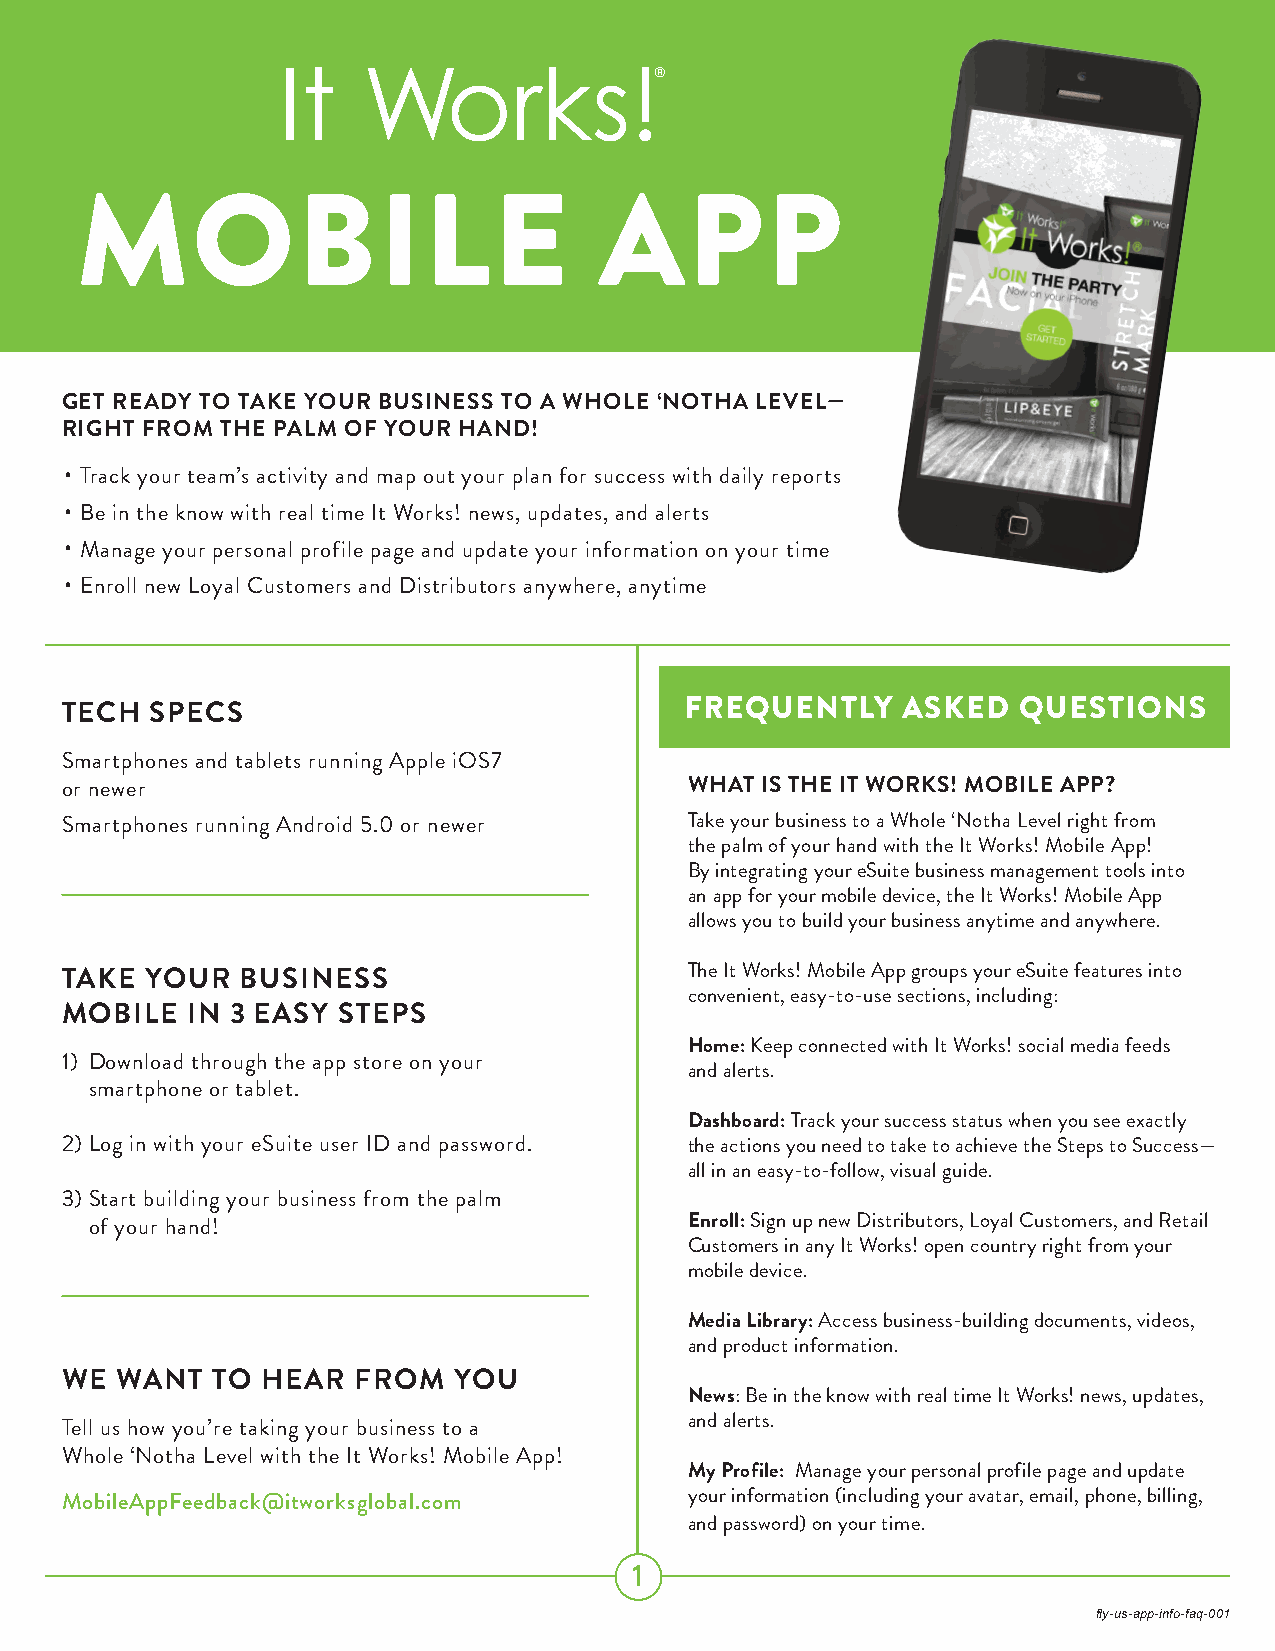
®
 MOBILE                             APP
 GET READY TO TAKE YOUR BUSINESS TO A WHOLE ‘NOTHA LEVEL—
 RIGHT FROM THE PALM OF YOUR HAND!
 • Track your team’s activity and map out your plan for success with daily reports
 • Be in the know with real time It Works! news, updates, and alerts
 • Manage your personal profile page and update your information on your time
 • Enroll new Loyal Customers and Distributors anywhere, anytime
 TECH  SPECS                              FREQUENTLY     ASKED  QUESTIONS
 Smartphones and tablets running Apple iOS7
 or newer                                  WHAT IS THE IT WORKS! MOBILE APP?
 Smartphones running Android 5.0 or newer  Take your business to a Whole ‘Notha Level right from
 the palm of your hand with the It Works! Mobile App!
 By integrating your eSuite business management tools into
 an app for your mobile device, the It Works! Mobile App
 allows you to build your business anytime and anywhere.
 TAKE  YOUR  BUSINESS                      The It Works! Mobile App groups your eSuite features into
 convenient, easy-to-use sections, including:
 MOBILE  IN 3 EASY STEPS
 Home: Keep connected with It Works! social media feeds
 1) Download through the app store on your
 and alerts.
 smartphone or tablet.
 Dashboard: Track your success status when you see exactly
 2) Log in with your eSuite user ID and password. the actions you need to take to achieve the Steps to Success—
 all in an easy-to-follow, visual guide.
 3) Start building your business from the palm
 of your hand!                           Enroll: Sign up new Distributors, Loyal Customers, and Retail
 Customers in any It Works! open country right from your
 mobile device.
 Media Library: Access business-building documents, videos,
 and product information.
 WE  WANT  TO HEAR  FROM   YOU
 News: Be in the know with real time It Works! news, updates,
 and alerts.
 Tell us how you’re taking your business to a
 Whole ‘Notha Level with the It Works! Mobile App!
 My Profile: Manage your personal profile page and update
 MobileAppFeedback@itworksglobal.com       your information (including your avatar, email, phone, billing,
 and password) on your time.
 1
 fly-us-app-info-faq-001